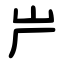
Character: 屵